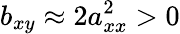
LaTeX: b_{xy}\approx 2a_{xx}^{2}>0